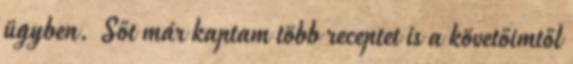
ügyben. Sőt már kaptam több receptet is a követőimtől